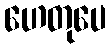
ဟေတုပေ